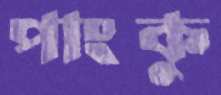
পাংকু